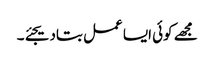
مجھے کوئی ایسا عمل بتادیجئے۔